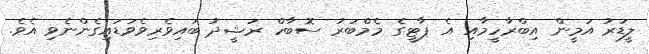
ލީޑަރު އަމީން އިބްރާހީމާއި އެ ޕާޓީގެ މެމްބަރު ސޮބާހް ރަޝީދު ބައިވެރިވެވަޑައިގެންނެވި އެވެ.